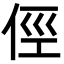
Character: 俓